Medical and sanitary report of the native army of Madras for the year
Year: 1875
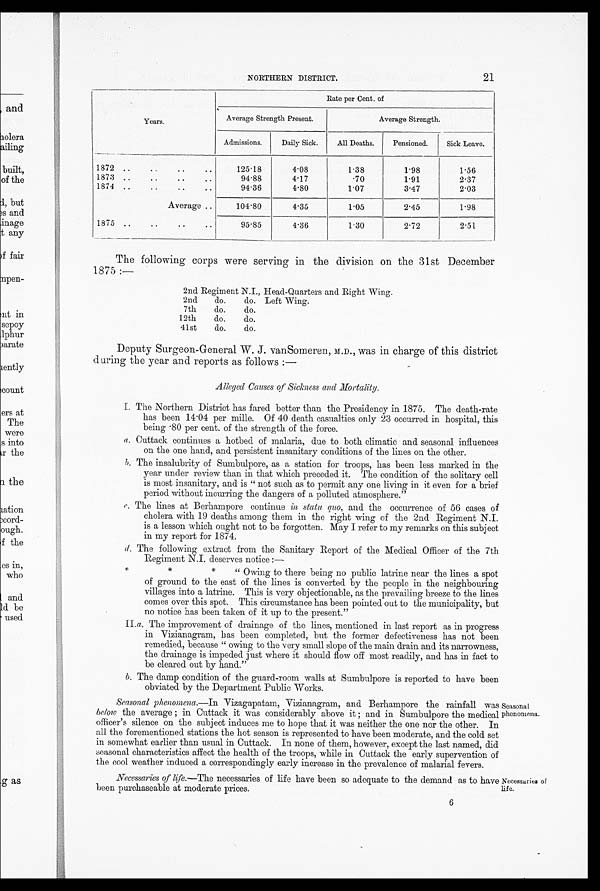
21
NORTHERN DISTRICT.
Years.
Rate per Cent. of
Average Strength Present.
Average Strength.
Admissions.
Daily Sick.
All Deaths.
Pensioned.
Sick Leave.
1872 ..
..
..
..
125.18
4.08
1.38
1.98
1.56
1873 ..
..
..
..
94.88
4.17
.70
1.91
2.37
1874 ..
..
..
..
94.36
4.80
1.07
3.47
2.03
Average ..
104.80
4.35
1.05
2.45
1.98
1875 ..
..
..
..
95.85
4.36
1.30
2.72
2.51
The following corps were serving in the division on the 31st December
1875 :—
2nd Regiment N.I., Head-Quarters and Right Wing.
2nd
do.
do. Left Wing.
7th
do.
do.
12th
do.
do.
41st
do.
do.
Deputy Surgeon-General W. J. vanSomeren, M.D., was in charge of this district
during the year and reports as follows :—
Alleged Causes of Sickness and Mortality.
I. The Northern District has fared better than the Presidency in 1875. The death-rate
has been 14.04 per mille. Of 40 death casualties only 23 occurred in hospital, this
b e i n g . 8 0 p e r c e n t . o f t h e s t r e n g t h o f t h e f o r c e .
a. Cuttack continues a hotbed of malaria, due to both climatic and seasonal influences
on the one hand, and persistent insanitary conditions of the lines on the other.
b. The insalubrity of Sumbulpore, as a station for troops, has been less marked in the
year under review than in that which preceded it. The condition of the solitary cell
is most insanitary, and is " not such as to permit any one living in it even for a brief
period without incurring the dangers of a polluted atmosphere."
c . T h e l i n e s a t B e r h a m p o r e c o n t i n u ei
n s t a t u q u o ,
a n d t h e o c c u r r e n c e o f 5 6 c a s e s o f
cholera with 19 deaths among them in the right wing of the 2nd Regiment N.I.
is a lesson which ought not to be forgotten. May I refer to my remarks on this subject
in my report for 1874.
d .
T h e f o l l o w i n g e x t r a c t f r o m t h e S a n i t a r y R e p o r t o f t h e M e d i c a l O f f i c e r o f t h e 7 t h
Regiment N.I. deserves notice :—
* * * " O w i n g t o t h e r e b e i n g n o p u b l i c l a t r i n e n e a r t h e l i n e s a s p o t
of ground to the east of the lines is converted by the people in the neighbouring
villages into a latrine. This is very objectionable, as the prevailing breeze to the lines
comes over this spot. This circumstance has been pointed out to the municipality, but
no notice has been taken of it up to the present."
II. a. The improvement of drainage of the lines, mentioned in last report as in progress
in Vizianagram, has been completed, but the former defectiveness has not been
remedied, because " owing to the very small slope of the main drain and its narrowness,
the drainage is impeded just where it should flow off most readily, and has in fact to
be cleared out by hand."
b. The damp condition of the guard-room walls at Sumbulpore is reported to have been
obviated by the Department Public Works.
Seasonal phenomena. —In Vizagapatam, Vizianagram, and Berhampore the rainfall was
below the average ; in Cuttack it was considerably above it ; and in Sumbulpore the medical
officer's silence on the subject induces me to hope that it was neither the one nor the other. In
all the forementioned stations the hot season is represented to have been moderate, and the cold set
in somewhat earlier than usual in Cuttack. In none of them, however, except the last named, did
seasonal characteristics affect the health of the troops, while in Cuttack the early supervention of
the cool weather induced a correspondingly early increase in the prevalence of malarial fevers.
Necessaries of life. —The necessaries of life have been so adequate to the demand as to have
been purchaseable at moderate prices.
6
Seasona l
phenomena.
Necessaries of
life.